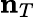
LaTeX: {\mathbf n}_{T}